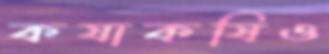
কষাকষিও